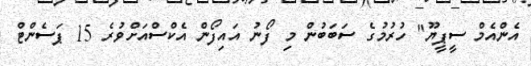
އެންއެމް ސީޕީޔޫ" ހުރުމުގެ ސަބަބުން މި ފޯނު އައިފޯން އެކްސްއަށްވުރެ 15 ޕަސެންޓް